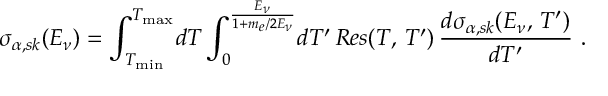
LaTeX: \sigma _ { \alpha , s k } ( E _ { \nu } ) = \int _ { T _ { \mathrm { m i n } } } ^ { T _ { \mathrm { m a x } } } \! d T \int _ { 0 } ^ { \frac { E _ { \nu } } { 1 + m _ { e } / 2 E _ { \nu } } } \! d T ^ { \prime } \, R e s ( T , \, T ^ { \prime } ) \, \frac { d \sigma _ { \alpha , s k } ( E _ { \nu } , \, T ^ { \prime } ) } { d T ^ { \prime } } \ .